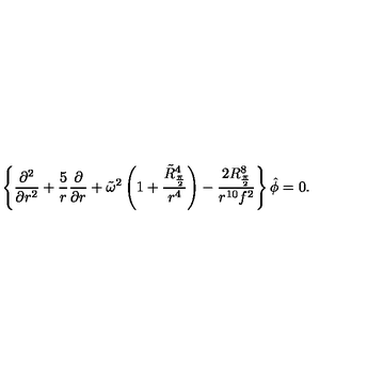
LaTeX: \left\{ { \frac { \partial ^ { 2 } } { \partial r ^ { 2 } } } + { \frac { 5 } { r } } { \frac { \partial } { \partial r } } + \tilde { \omega } ^ { 2 } \left( 1 + { \frac { \tilde { R } _ { \frac { \pi } { 2 } } ^ { 4 } } { r ^ { 4 } } } \right) - { \frac { 2 R _ { \frac { \pi } { 2 } } ^ { 8 } } { r ^ { 1 0 } f ^ { 2 } } } \right\} \hat { \phi } = 0 .